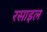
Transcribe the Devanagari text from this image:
रसाइल